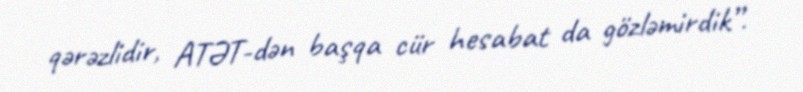
qərəzlidir, ATƏT-dən başqa cür hesabat da gözləmirdik”.